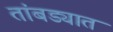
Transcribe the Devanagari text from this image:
तांबड्यात